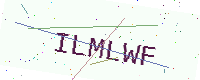
Text: ILMLWF